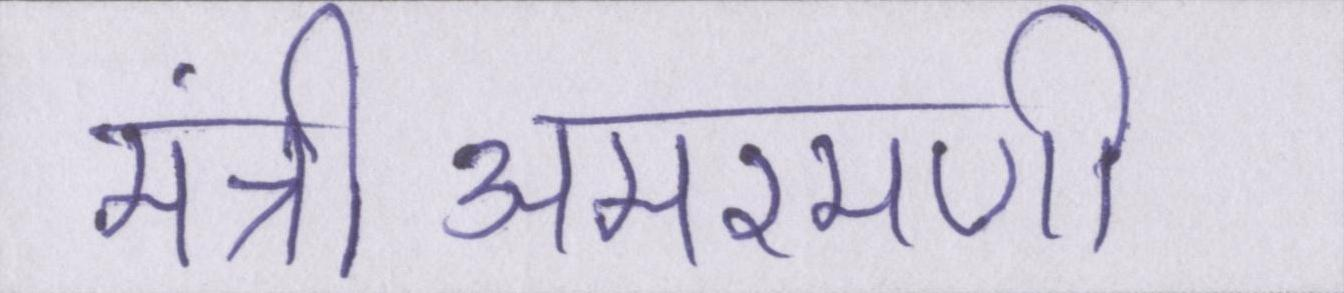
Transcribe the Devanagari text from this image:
मंत्रीअमरमणी